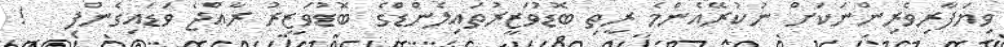
ވިޔަފާރިވެރިންނަކަށް ނުކުރޭއެންމެ ރީތި ބޮޑުވަޒީރުތައިލެންޑްގެ ބޮޑުވަޒީރު ރާއްޖެ ވަޑައިގެންފި   !